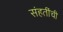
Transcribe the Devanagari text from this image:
संहतींची